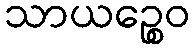
သာယဉ္စေဝ